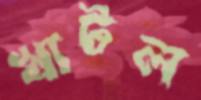
খাটল